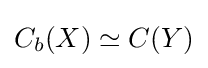
C_{b}(X)\simeq C(Y)